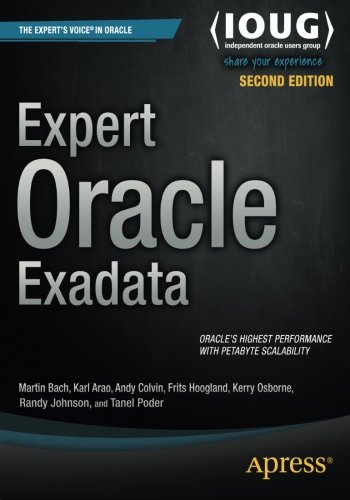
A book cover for Expert Oracle Exadata; Martin Bach; Computers & Technology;